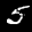
Label: 5